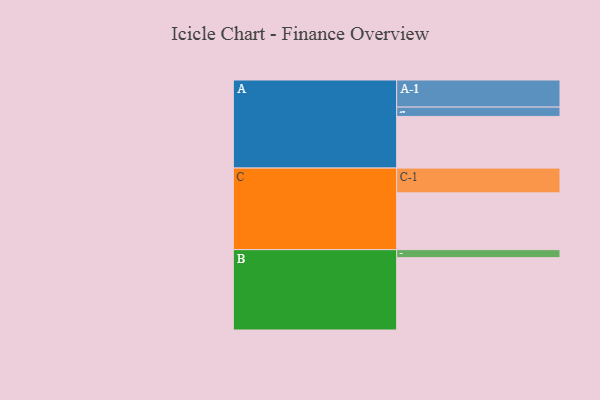
{"axis": {"x": "Segment", "y": "Value"}, "legend": ["", "A", "B", "C"], "data": [{"x": "A", "y": 381, "type": ""}, {"x": "B", "y": 534, "type": ""}, {"x": "C", "y": 419, "type": ""}, {"x": "A-1", "y": 200, "type": "A"}, {"x": "A-2", "y": 69, "type": "A"}, {"x": "B-1", "y": 59, "type": "B"}, {"x": "C-1", "y": 183, "type": "C"}]}